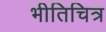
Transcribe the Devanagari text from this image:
भीतिचित्र